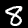
Label: 8